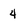
Character: 4